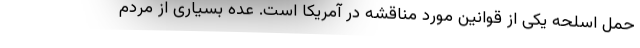
حمل اسلحه یکی از قوانین مورد مناقشه در آمریکا است. عده بسیاری از مردم